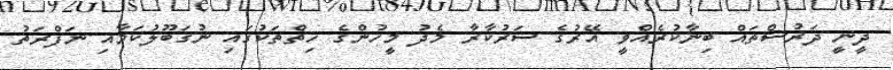
ދީނީ ދަރުސްތައް ބިނާކުރެއްވީ އޭރުގެ ސަރުކާރާ މެދު މީހުންގެ ހިތްތަކުގައި ނުގަބޫލުކަމާއި ނަފްރަތު